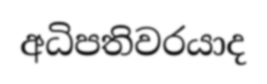
අධිපතිවරයාද